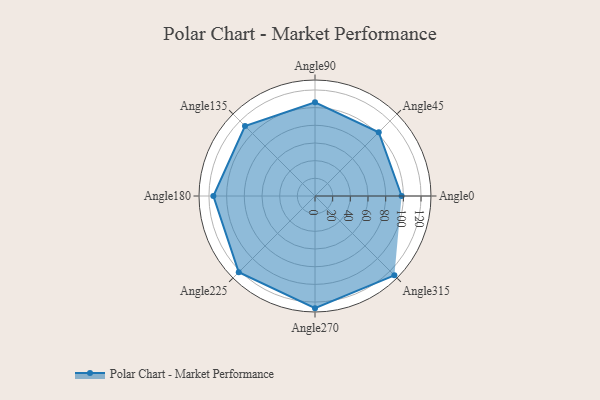
{"axis": {"x": "Angle", "y": "Radius"}, "legend": [""], "data": [{"x": "Angle0", "y": 98.0, "type": ""}, {"x": "Angle45", "y": 102.0, "type": ""}, {"x": "Angle90", "y": 106.0, "type": ""}, {"x": "Angle135", "y": 112.0, "type": ""}, {"x": "Angle180", "y": 115.0, "type": ""}, {"x": "Angle225", "y": 122.0, "type": ""}, {"x": "Angle270", "y": 127.0, "type": ""}, {"x": "Angle315", "y": 127.0, "type": ""}]}